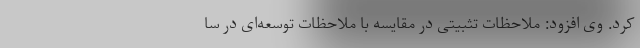
کرد. وی افزود: ملاحظات تثبیتی در مقایسه با ملاحظات توسعه‌ای در سا